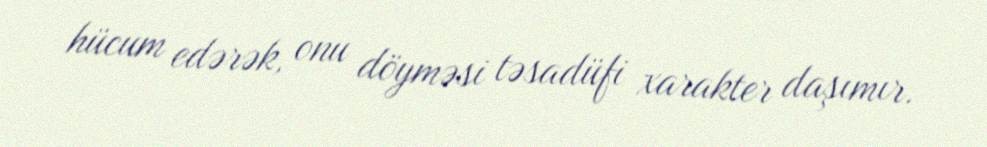
hücum edərək, onu döyməsi təsadüfi xarakter daşımır.